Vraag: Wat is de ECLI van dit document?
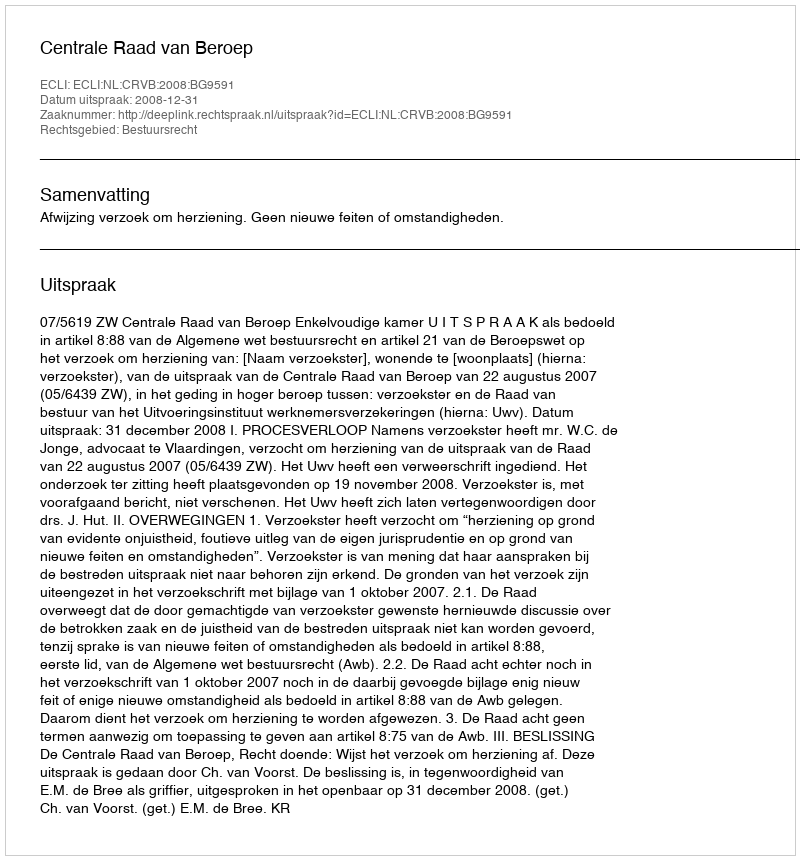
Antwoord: ECLI:NL:CRVB:2008:BG9591